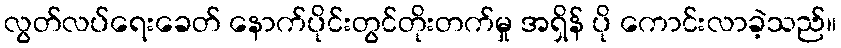
လွတ်လပ်ရေးခေတ် နောက်ပိုင်းတွင်တိုးတက်မှု အရှိန် ပို ကောင်းလာခဲ့သည်။